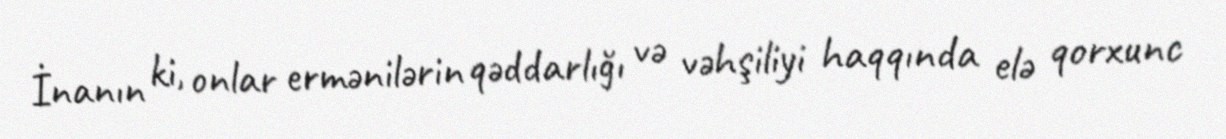
İnanın ki, onlar ermənilərin qəddarlığı və vəhşiliyi haqqında elə qorxunc